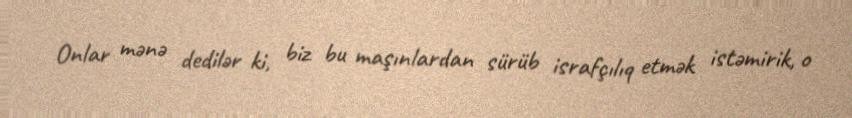
Onlar mənə dedilər ki, biz bu maşınlardan sürüb israfçılıq etmək istəmirik, o